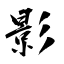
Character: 影